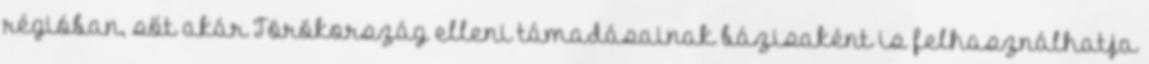
régióban, sőt akár Törökország elleni támadásainak bázisaként is felhasználhatja